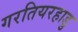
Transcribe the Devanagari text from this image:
गरतियरहाडु